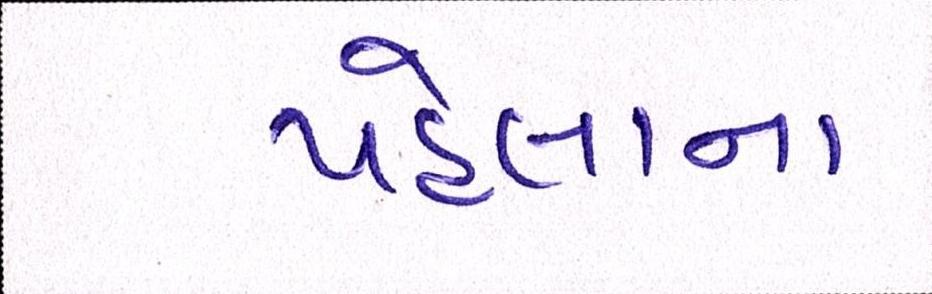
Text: પહેલાના